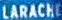
LARACHE